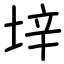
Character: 垶